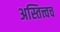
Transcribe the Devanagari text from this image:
अस्तित्त्वच